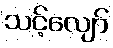
သင့်လျော်